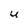
Character: u